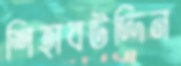
শিহাবউদ্দিন